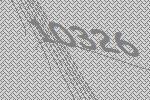
10326